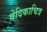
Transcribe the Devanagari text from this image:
वेदिकाचित्र